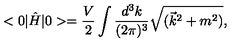
< 0 | \hat { H } | 0 > = \frac { V } { 2 } \int \frac { d ^ { 3 } k } { ( 2 \pi ) ^ { 3 } } \sqrt { ( \vec { k } ^ { 2 } + m ^ { 2 } ) } ,